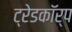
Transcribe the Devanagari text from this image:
ट्रेडकॉर्प